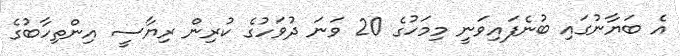
އެ ބަޔާނުގައި ބުނެފައިވަނީ މިމަހުގެ 20 ވަނަ ދުވަހުގެ ކުރިން ރިޔާސީ އިންތިހާބުގެ